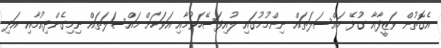
އެގޮތުން ވަޒީފާއާ ގުޅޭ މައްސަލަތައް ނިންމުމުގައި ލުއިފަސޭހަވުމާއި އަވަހަށް މައްސަލަތައް ނިމިގެންދިއުމާއި އަދި